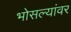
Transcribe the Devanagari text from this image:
भोसल्यांवर